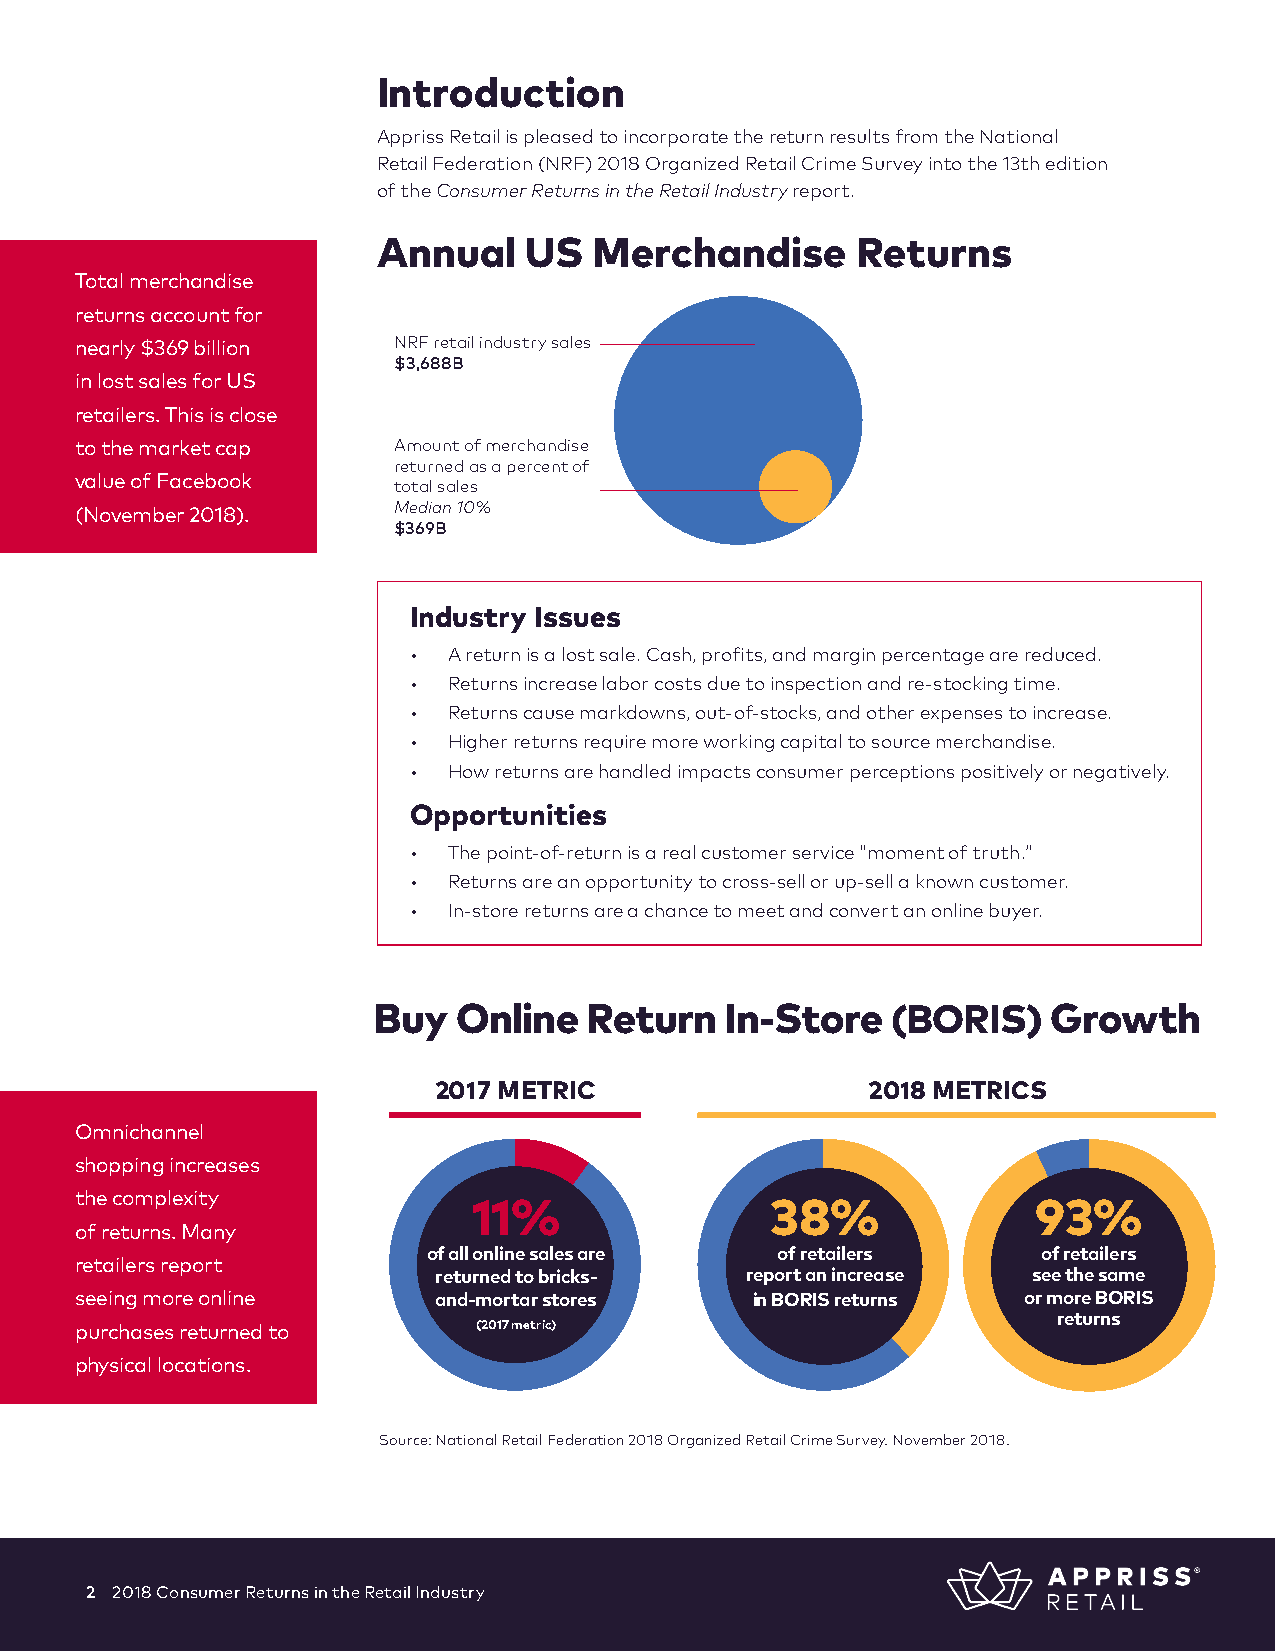
Introduction
 Appriss Retail is pleased to incorporate the return results from the National
 Retail Federation (NRF) 2018 Organized Retail Crime Survey into the 13th edition
 of the Consumer Returns in the Retail Industry report.
 Annual    US  Merchandise       Returns
 Total merchandise
 returns account for
 nearly $369 billion  NRF retail industry sales
 $3,688B
 in lost sales for US
 retailers. This is close
 to the market cap    Amount of merchandise
 returned as a percent of
 value of Facebook
 total sales
 (November 2018).     Median 10%
 $369B
 Industry Issues
 •  A return is a lost sale. Cash, profits, and margin percentage are reduced.
 •  Returns increase labor costs due to inspection and re-stocking time.
 •  Returns cause markdowns, out-of-stocks, and other expenses to increase.
 •  Higher returns require more working capital to source merchandise.
 •  How returns are handled impacts consumer perceptions positively or negatively.
 Opportunities
 •  The point-of-return is a real customer service “moment of truth.”
 •  Returns are an opportunity to cross-sell or up-sell a known customer.
 •  In-store returns are a chance to meet and convert an online buyer.
 Buy  Online   Return   In-Store   (BORIS)    Growth
 2017 METRIC                 2018 METRICS
 Omnichannel
 shopping increases
 the complexity
 11%                 38%               93%
 of returns. Many
 of all online sales are of retailers     of retailers
 retailers report
 returned to bricks- report an increase see the same
 seeing more online      and-mortar stores    in BORIS returns  or more BORIS
 returns
 purchases returned to      (2017 metric)
 physical locations.
 Source: National Retail Federation 2018 Organized Retail Crime Survey. November 2018.
 2 2018 Consumer Returns in the Retail Industry